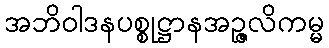
အဘိဝါဒနပစ္စုဋ္ဌာနအဉ္ဇလိကမ္မ